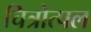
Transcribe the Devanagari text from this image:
चित्रोत्पल